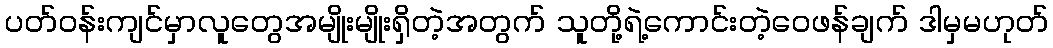
ပတ်ဝန်းကျင်မှာလူတွေအမျိုးမျိုးရှိတဲ့အတွက် သူတို့ရဲ့ကောင်းတဲ့ဝေဖန်ချက် ဒါမှမဟုတ်